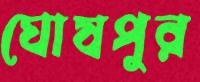
ঘোষপুর